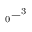
_ { 0 } - ^ { 3 }